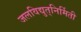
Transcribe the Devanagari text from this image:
जलविद्युत्‌निर्मिती